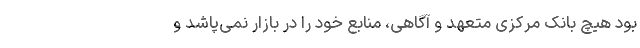
بود هیچ بانک مرکزی متعهد و آگاهی، منابع خود را در بازار نمی‌پاشد و